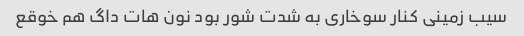
سیب زمینی کنار سوخاری به شدت شور بود نون هات داگ هم خوقع